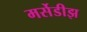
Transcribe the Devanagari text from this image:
मर्सेडीझ